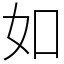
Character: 如